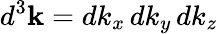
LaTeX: d^{3}\mathbf{k}=dk_{x}\, dk_{y}\, dk_{z}